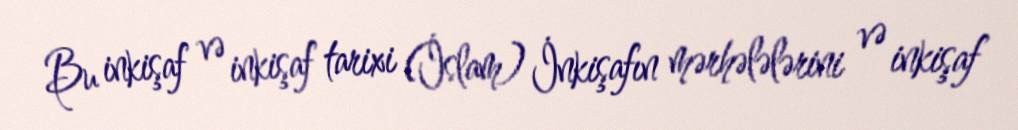
Bu inkişaf və inkişaf tarixi (İslam) İnkişafın mərhələlərini və inkişaf